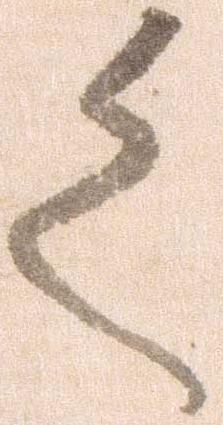
く